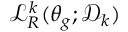
\mathcal { L } _ { R } ^ { k } ( \theta _ { g } ; \mathcal { D } _ { k } )